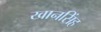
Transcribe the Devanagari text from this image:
खानसिंह